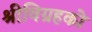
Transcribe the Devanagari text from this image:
श्रीविग्रहको